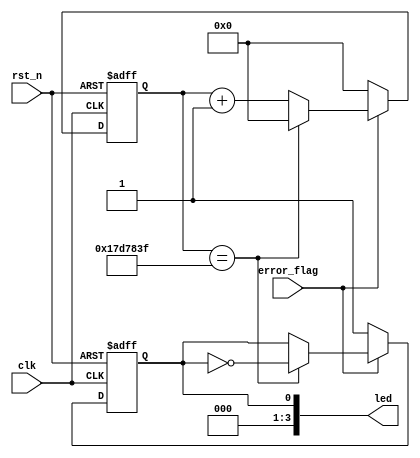
//****************************************Copyright (c)***********************************//
//www.openedv.com
//http://openedv.taobao.com
//""FPGA & STM32
//
//Copyright(C)  2018-2028
//All rights reserved
//----------------------------------------------------------------------------------------
// File name:           led_alarm
// Last modified Date:  2018/05/04 10:02:46
// Last Version:        V1.0
// Descriptions:        ledled
//----------------------------------------------------------------------------------------
// Created by:          
// Created date:        2018/05/04 10:04:46
// Version:             V1.0
// Descriptions:        The original version
//
//----------------------------------------------------------------------------------------
//****************************************************************************************//

module led_alarm #(parameter    L_TIME = 25'd25_000_000  // led500ms
    )(
        //system clock
        input             clk       ,  // 
        input             rst_n     ,  // 

        //led interface
        output   [3:0]    led       ,  // LED 

        //user interface
        input             error_flag   // 
);

//reg define
reg               led_t  ;             // led
reg    [24:0]     led_cnt;             // led

//*****************************************************
//**                    main code
//*****************************************************

//led
assign  led = {3'b000,led_t};

//1ledLED0
always @(posedge clk or negedge rst_n) begin
    if(!rst_n) begin
        led_cnt <= 25'd0;
        led_t <= 1'b0;
    end
    else begin
        if(error_flag) begin                  // 
            if(led_cnt == L_TIME - 1'b1) begin       // LEDL_TIME
                led_cnt <= 25'd0;
                led_t <= ~led_t;
            end
            else
                led_cnt <= led_cnt + 25'd1;
        end
        else begin                            // 
            led_cnt <= 25'd0;
            led_t <= 1'b1;                    // led
        end
    end
end

endmodule